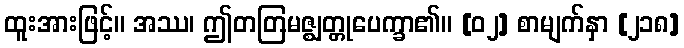
ထူးအားဖြင့်။ အဿ၊ ဤတတြမဇ္ဈတ္တုပေက္ခာ၏။ [၀၂] စာမျက်နှာ [၂၁၈]